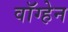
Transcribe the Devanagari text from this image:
वाॅग्हेन